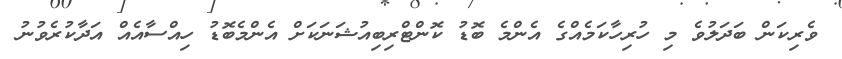
ވެރިކަން ބަދަލުވެ މި ހުރިހާކަމެއްގެ އެންމެ ބޮޑު ކޮންޓްރިބިއުޝަނަކަށް އެންމެބޮޑު ހިއްސާއެއް އަދާކުރެވުނު